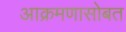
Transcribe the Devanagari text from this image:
आक्रमणासोबत